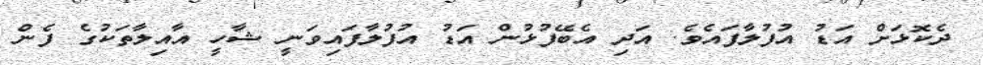
ދެކޮޅަށް އަޑު އުފުލާފައެވެ. އަދި އެބޭފުޅުން އަޑު އުފުލާފައިވަނީ ޝާހީ އާއިލާތަކުގެ ފެން